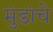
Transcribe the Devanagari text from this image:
मुंडांचे